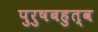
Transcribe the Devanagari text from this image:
पुरुषबहुत्व